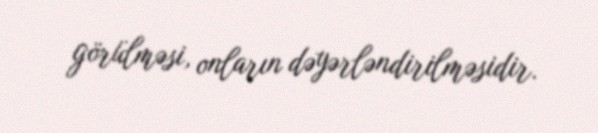
görülməsi, onların dəyərləndirilməsidir.